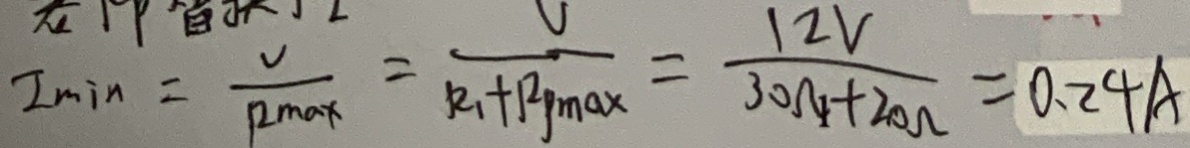
I _ { \min } = \frac { V } { R _ { m a x } } = \frac { V } { R _ { 1 } + R _ { p m a x } } = \frac { 1 2 V } { 3 0 \Omega + 2 0 \Omega } = 0 . 2 4 A